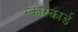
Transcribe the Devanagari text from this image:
स्‍कोरकार्ड